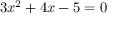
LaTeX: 3 x ^ { 2 } + 4 x - 5 = 0